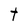
Character: t